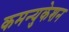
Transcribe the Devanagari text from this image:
कमन्युकेशन